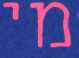
מי